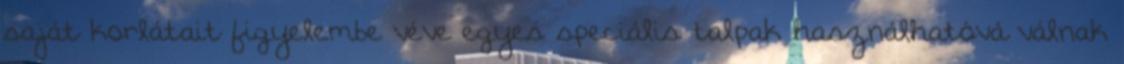
saját korlátait figyelembe véve egyes speciális talpak használhatóvá válnak